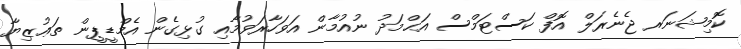
ކޮމިޝަނަރ ޖެނެރަލް އޮފް ކަސްޓަމްސް އަޙްމަދު ނުއުމާން އަވަހާރަވުމާއި ގުޅިގެން އެމްޑީޕީން ތަޢުޒިޔާ